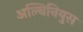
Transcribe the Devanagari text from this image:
अल्बिनियुस